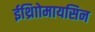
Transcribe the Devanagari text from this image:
ईथ्राोिमायसिन